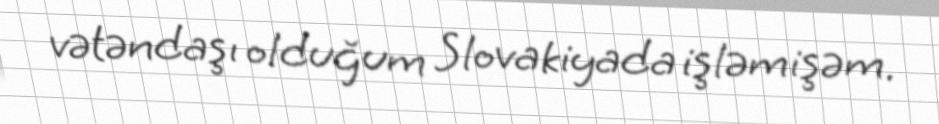
vətəndaşı olduğum Slovakiyada işləmişəm.